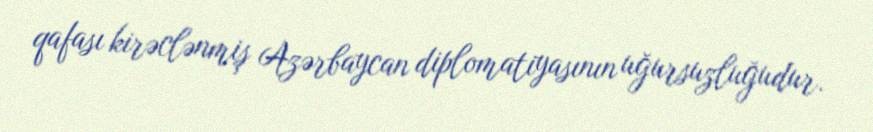
qafası kirəclənmiş Azərbaycan diplomatiyasının uğursuzluğudur.